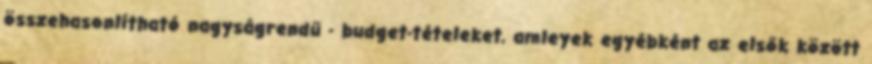
összehasonlítható nagyságrendű - budget-tételeket, amleyek egyébként az elsők között